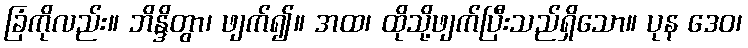
ခြံကိုလည်း။ ဘိန္ဒိတွာ၊ ဖျက်၍။ အထ၊ ထိုသို့ဖျက်ပြီးသည်ရှိသော။ ပုန ဒေဝ၊